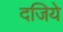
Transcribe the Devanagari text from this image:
दजिये